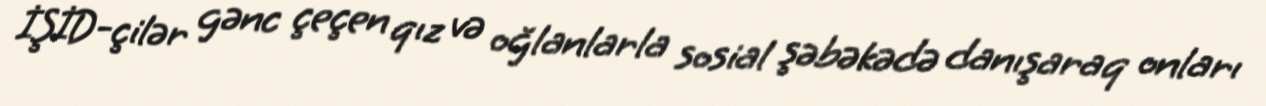
İŞİD-çilər gənc çeçen qız və oğlanlarla sosial şəbəkədə danışaraq onları